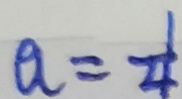
a = \frac { 1 } { 4 }